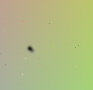
٠